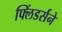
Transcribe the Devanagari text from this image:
फ्लिंडर्सने